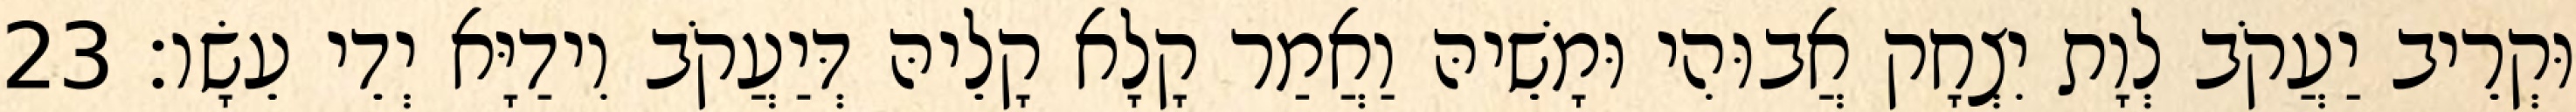
וּקְרֵיב יַעֲקֹב לְוָת יִצְחָק אֲבוּהִי וּמָשֵׁיהּ וַאֲמַר קָלָא קָלֵיהּ דְּיַעֲקֹב וִידַיָּא יְדֵי עֵשָׂו׃ 23